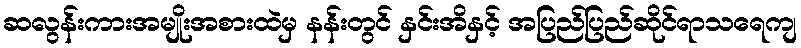
ဆလွန်းကားအမျိုးအစားထဲမှ နန်းတွင် နှင်းအိနှင့် အပြည်ပြည်ဆိုင်ရာသရေကျ